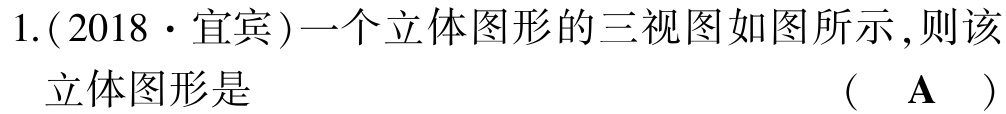
1.(2018·宜宾)一个立体图形的三视图如图所示,则该

立体图形是 （ A ）